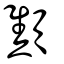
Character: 顦